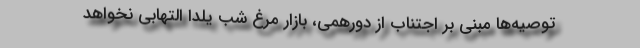
توصیه‌ها مبنی بر اجتناب از دورهمی، بازار مرغ شب یلدا التهابی نخواهد